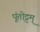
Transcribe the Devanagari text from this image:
पूंतोट्टम्